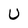
Character: U